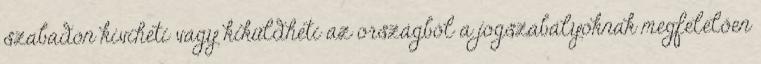
szabadon kiviheti vagy kiküldheti az országból a jogszabályoknak megfelelően